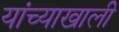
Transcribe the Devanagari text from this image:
यांच्याखाली